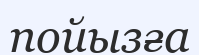
пойызға